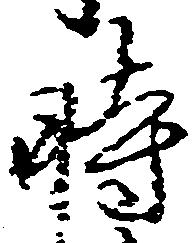
時